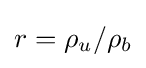
r=\rho _{u}/\rho _{b}